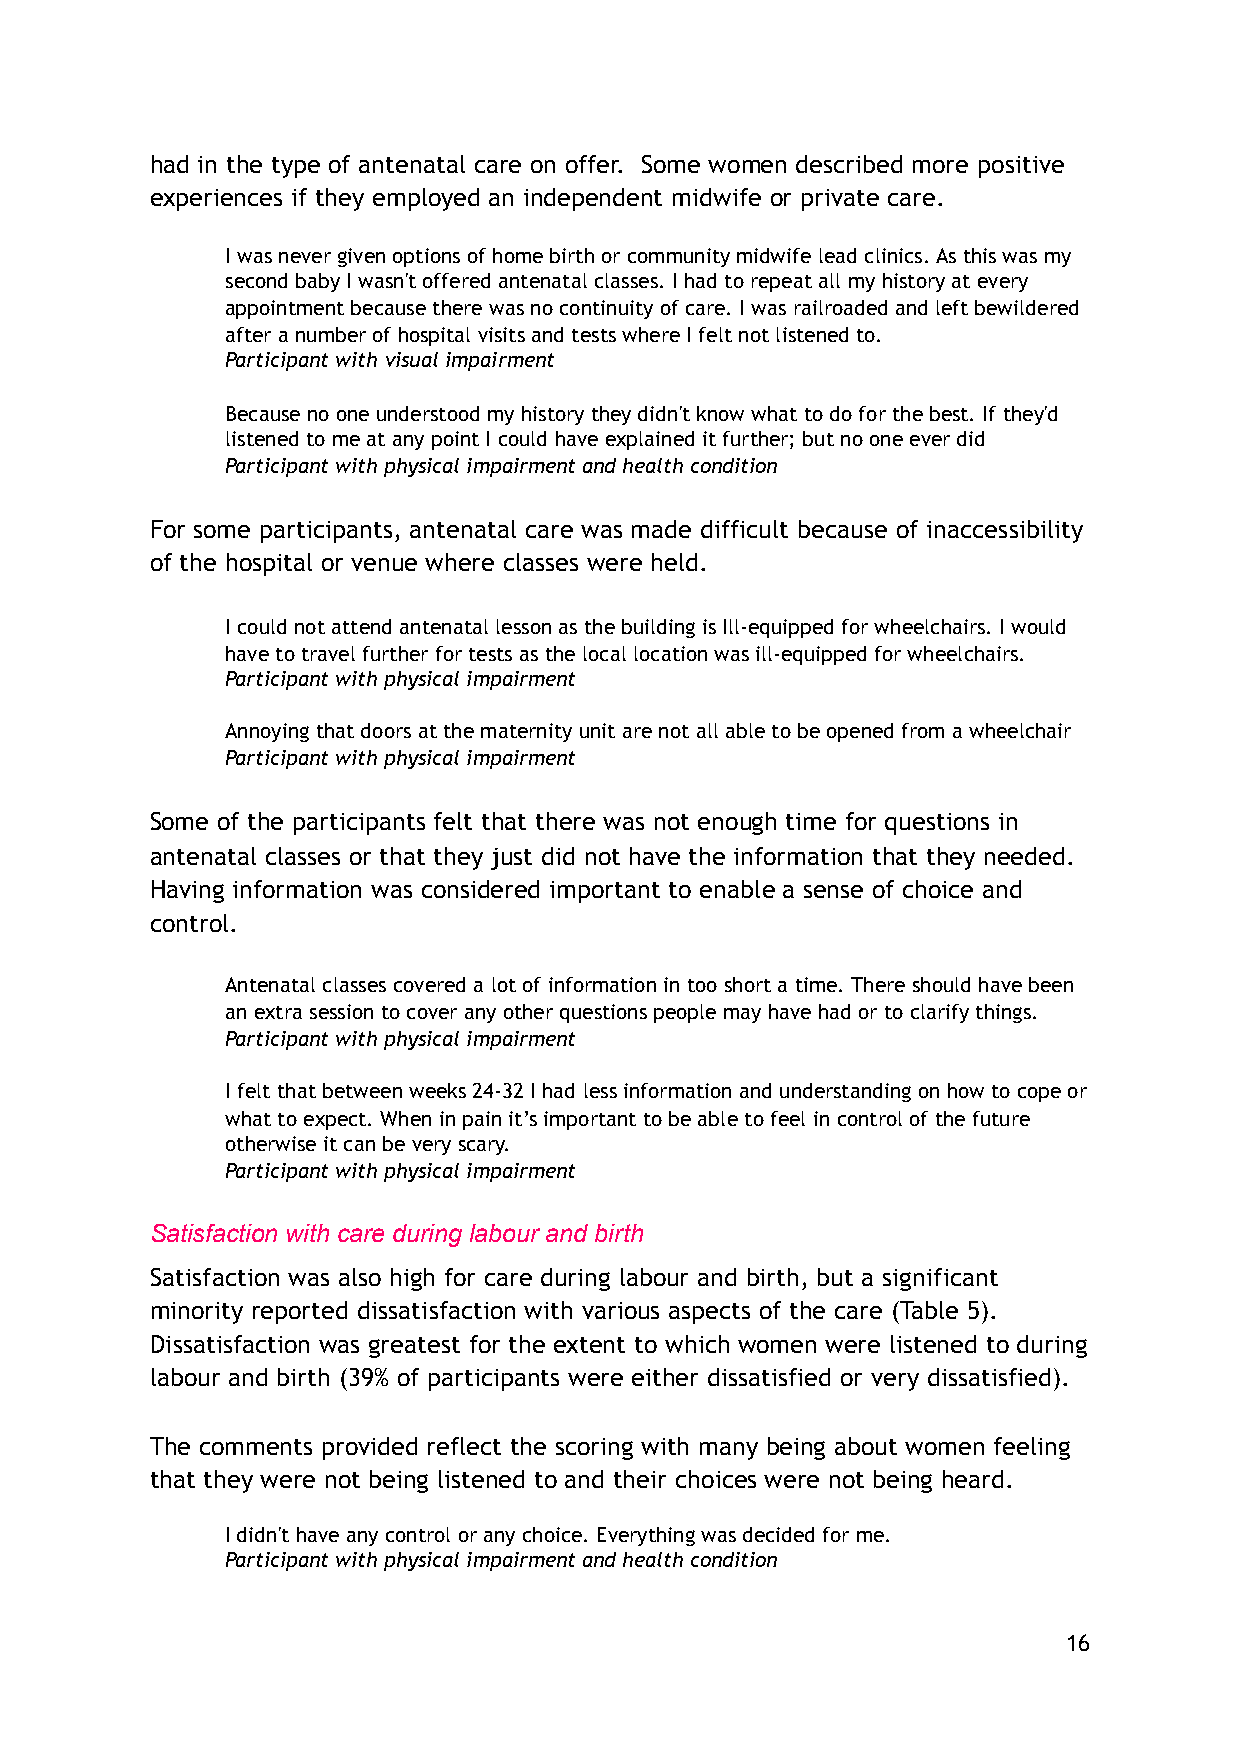
had in the type of antenatal care on offer. Some women described more positive
 experiences if they employed an independent midwife or private care.
 I was never given options of home birth or community midwife lead clinics. As this was my
 second baby I wasn't offered antenatal classes. I had to repeat all my history at every
 appointment because there was no continuity of care. I was railroaded and left bewildered
 after a number of hospital visits and tests where I felt not listened to.
 Participant with visual impairment
 Because no one understood my history they didn't know what to do for the best. If they'd
 listened to me at any point I could have explained it further; but no one ever did
 Participant with physical impairment and health condition
 For some participants, antenatal care was made difficult because of inaccessibility
 of the hospital or venue where classes were held.
 I could not attend antenatal lesson as the building is Ill-equipped for wheelchairs. I would
 have to travel further for tests as the local location was ill-equipped for wheelchairs.
 Participant with physical impairment
 Annoying that doors at the maternity unit are not all able to be opened from a wheelchair
 Participant with physical impairment
 Some of the participants felt that there was not enough time for questions in
 antenatal classes or that they just did not have the information that they needed.
 Having information was considered important to enable a sense of choice and
 control.
 Antenatal classes covered a lot of information in too short a time. There should have been
 an extra session to cover any other questions people may have had or to clarify things.
 Participant with physical impairment
 I felt that between weeks 24-32 I had less information and understanding on how to cope or
 what to expect. When in pain it’s important to be able to feel in control of the future
 otherwise it can be very scary.
 Participant with physical impairment
 Satisfaction with care during labour and birth
 Satisfaction was also high for care during labour and birth, but a significant
 minority reported dissatisfaction with various aspects of the care (Table 5).
 Dissatisfaction was greatest for the extent to which women were listened to during
 labour and birth (39% of participants were either dissatisfied or very dissatisfied).
 The comments provided reflect the scoring with many being about women feeling
 that they were not being listened to and their choices were not being heard.
 I didn't have any control or any choice. Everything was decided for me.
 Participant with physical impairment and health condition
 16